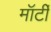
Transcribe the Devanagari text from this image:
मॉर्टी